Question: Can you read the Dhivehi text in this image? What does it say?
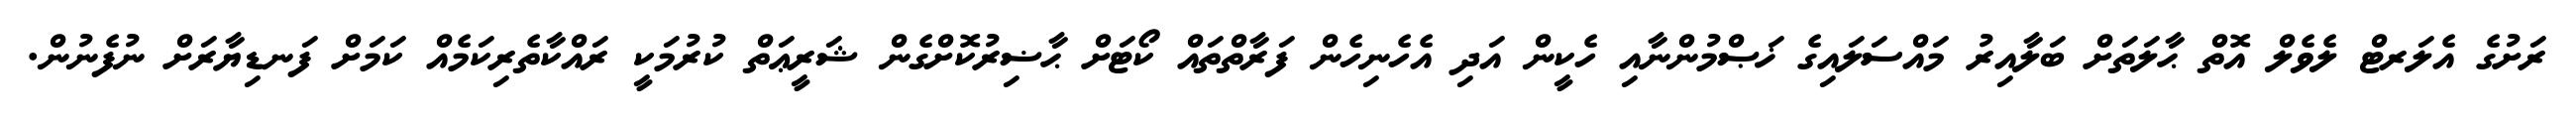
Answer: ރަށުގެ އެލަރޓް ލެވެލް އޮތް ޙާލަތަށް ބަލާއިރު މައްސަލައިގެ ޚަޞްމުންނާއި ހެކީން އަދި އެހެނިހެން ފަރާތްތައް ކޯޓަށް ޙާޟިރުކޮށްގެން ޝަރީޢަތް ކުރުމަކީ ރައްކާތެރިކަމެއް ކަމަށް ފަނޑިޔާރަށް ނުފެނުން.